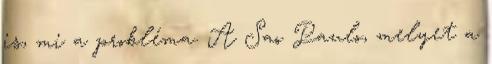
is, mi a probléma. A Sao Paulo, melyet a